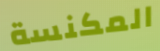
المكنسة